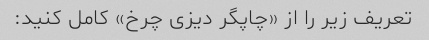
تعریف زیر را از «چاپگر دیزی چرخ» کامل کنید: